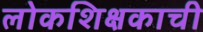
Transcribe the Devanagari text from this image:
लोकशिक्षकाची